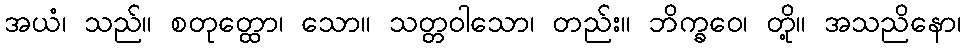
အယံ၊ သည်။ စတုတ္ထော၊ သော။ သတ္တဝါသော၊ တည်း။ ဘိက္ခဝေ၊ တို့။ အသညိနော၊